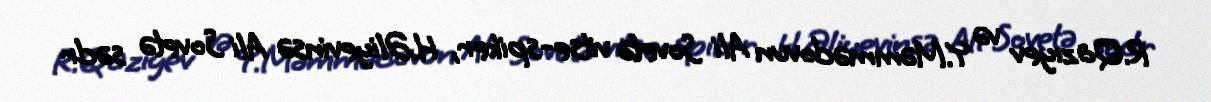
R.Qazıyev və Y.Məmmədovun Ali Sovetə vitse-spiker, H.Əliyevinsə Ali Sovetə sədr